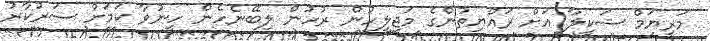
މަރިޔަމް ޝަކީލާ އަށް ރައްޔިތުންގެ މަޖިލީހުން ރުހުން ލިބޭނެހެން ހީނުވާ ކަމަށް ސަރުކާރު